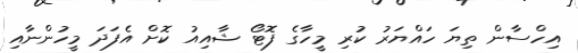
އިހްސާން ތިޔަ ހައްޔަރު ކުރި މީހާގެ ފޮޓޯ ޝާއިއު ކޮށް އެފަދަ މީހުންނާއި